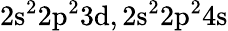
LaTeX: \mathrm{2s^{2}2p^{2}3d,2s^{2}2p^{2}4s}